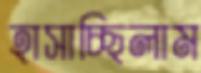
হাসাচ্ছিলাম